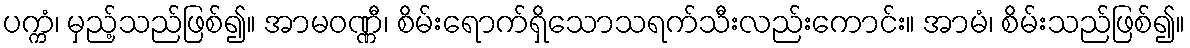
ပက္ကံ၊ မှည့်သည်ဖြစ်၍။ အာမဝဏ္ဏီ၊ စိမ်းရောက်ရှိသောသရက်သီးလည်းကောင်း။ အာမံ၊ စိမ်းသည်ဖြစ်၍။